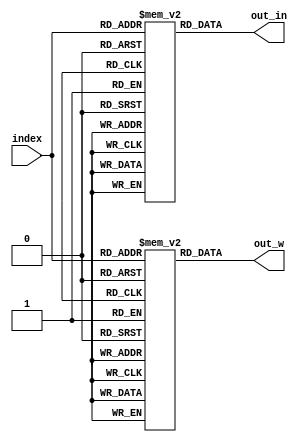
`timescale 1ns / 1ps

module selection_input #(parameter N = 16) (index, out_in, out_w);
	input [15:0] index;
	output reg [7:0] out_in, out_w;

    reg [7:0] in_vec [0:2 ** N - 1];
    reg [7:0] w_vec [0:2 ** N - 1];
	
    always @(index)begin
        out_in = in_vec[index];
        out_w = w_vec[index];
		$display("@%t: out_in=%d, out_w=%d", $time, out_in, out_w);
    end

endmodule